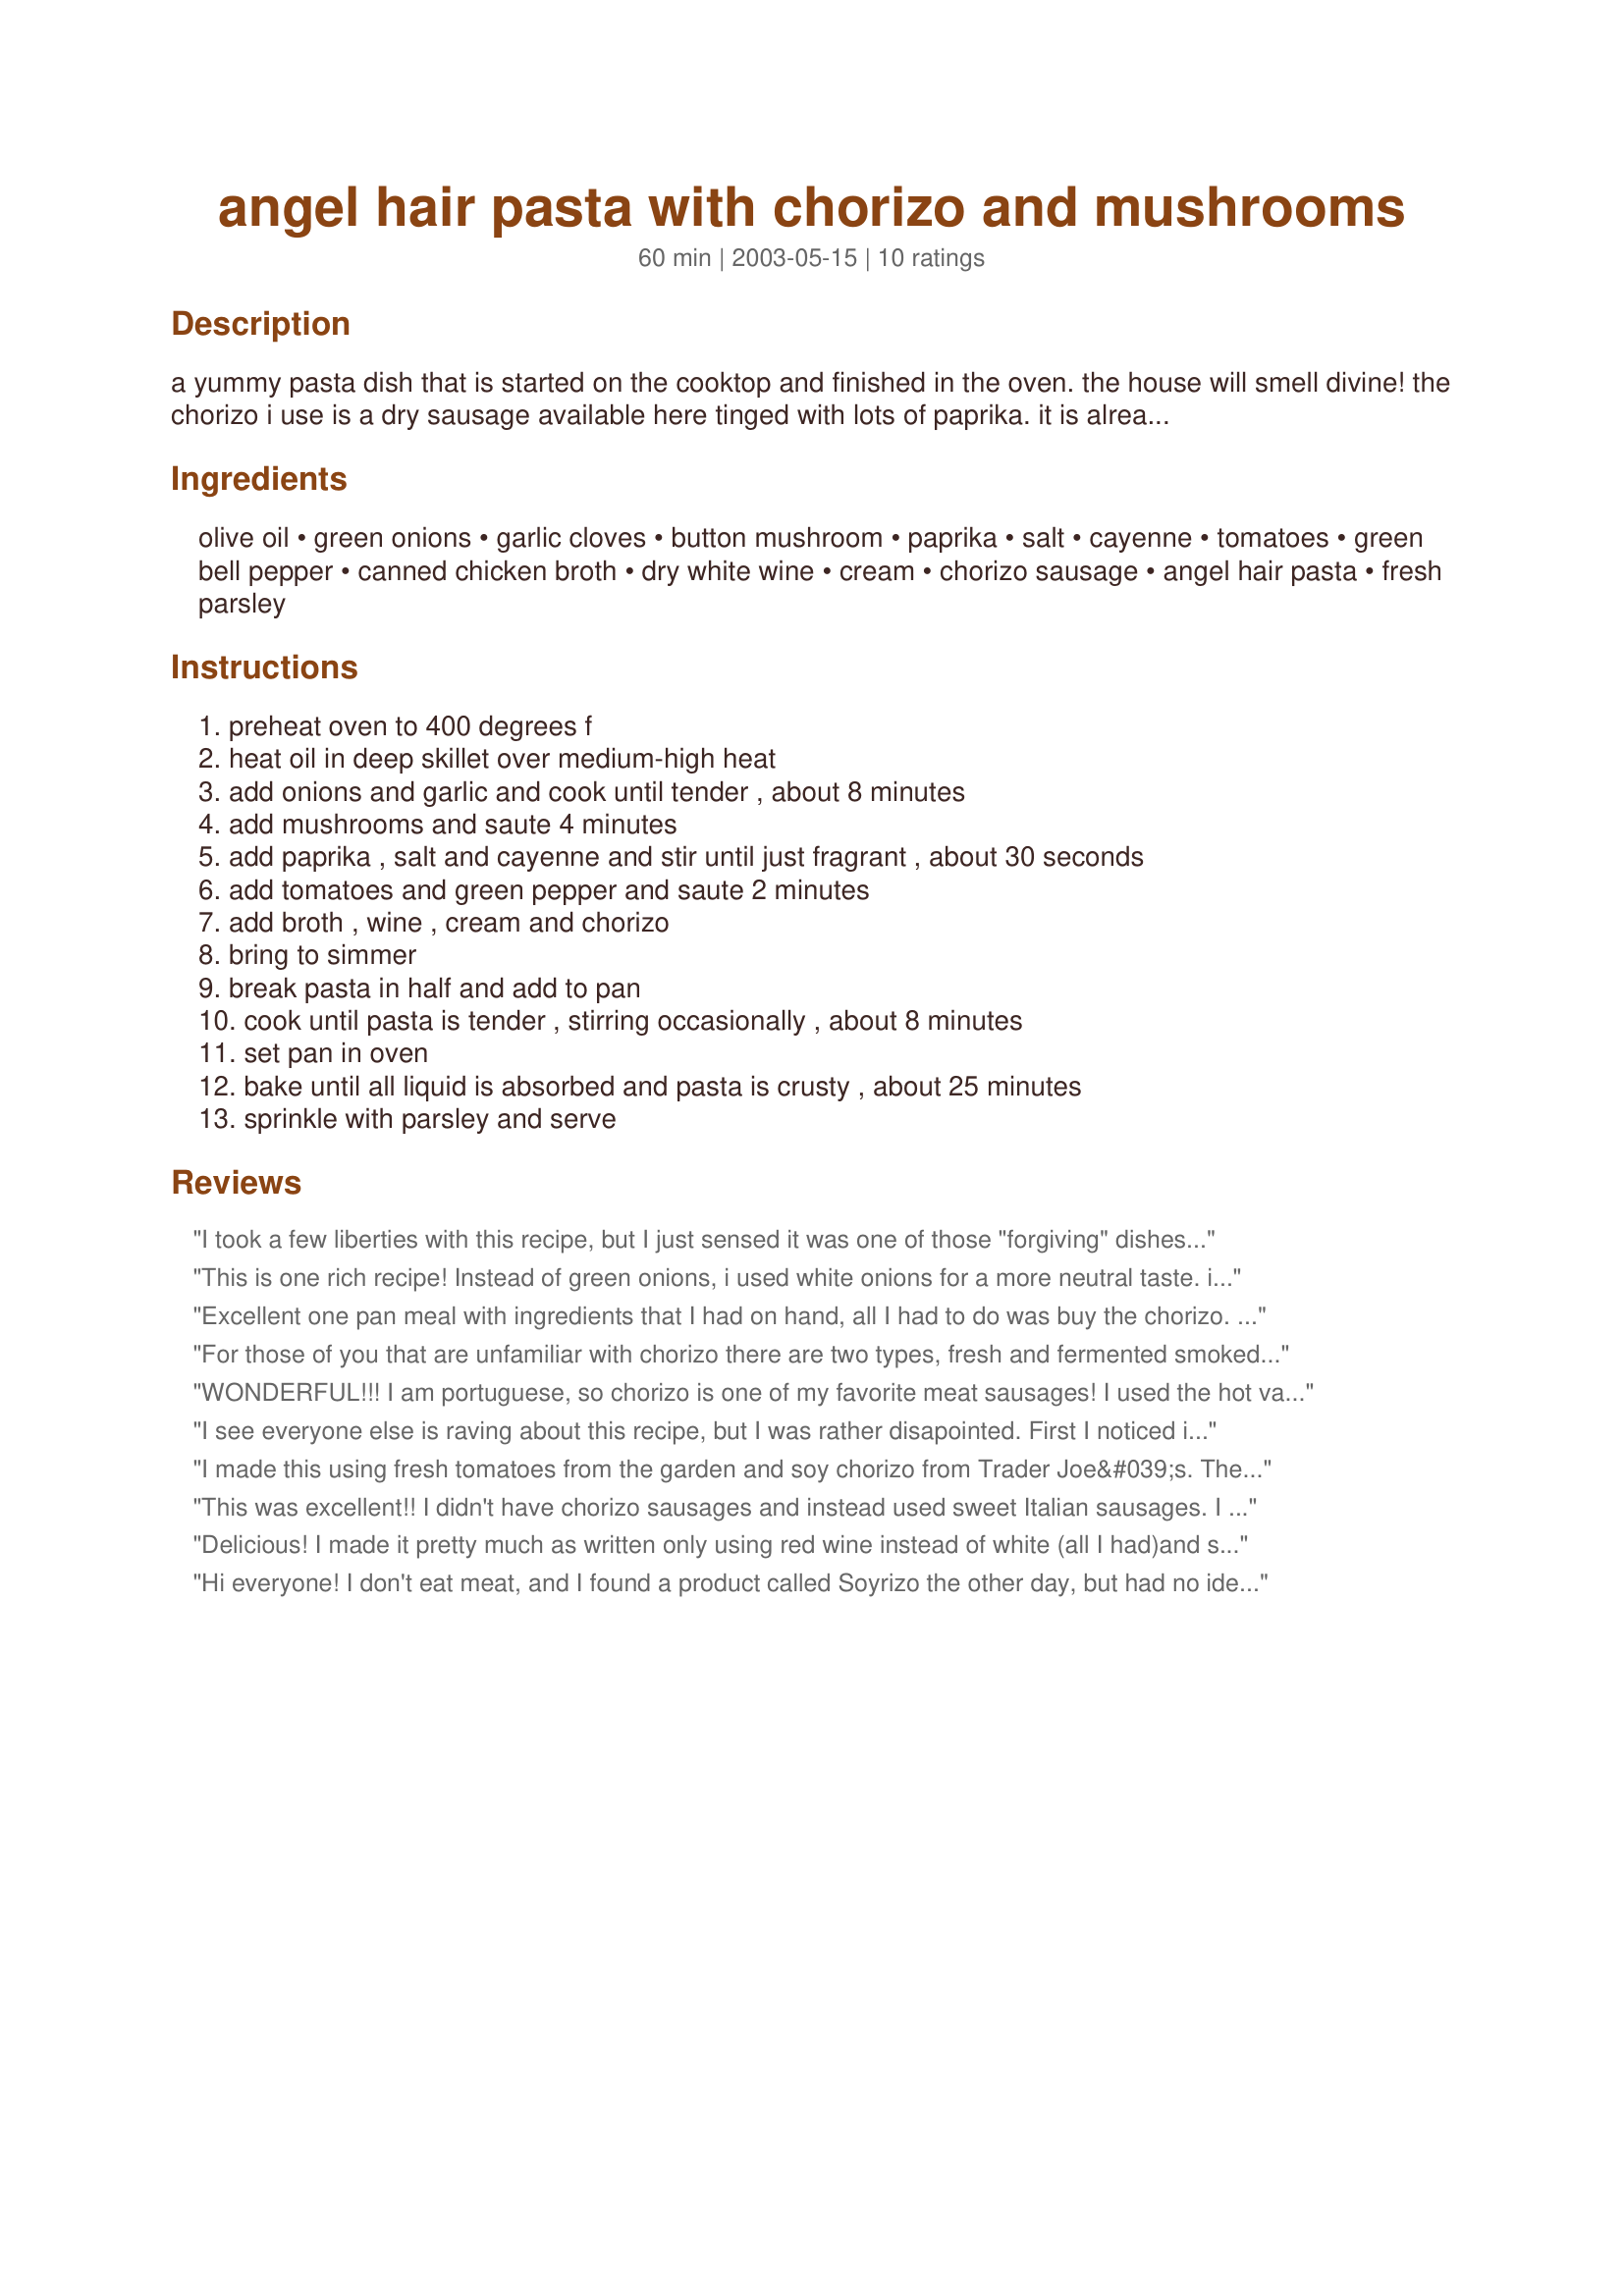
angel hair pasta with chorizo and mushrooms
Preparation time: 60 minutes

a yummy pasta dish that is started on the cooktop and finished in the oven. the house will smell divine! the chorizo i use is a dry sausage available here tinged with lots of paprika. it is already cured and can, in fact, be eaten out of hand, much like salami.

Ingredients:
olive oil, green onions, garlic cloves, button mushroom, paprika, salt, cayenne, tomatoes, green bell pepper, canned chicken broth, dry white wine, cream, chorizo sausage, angel hair pasta, fresh parsley

Steps:
preheat oven to 400 degrees f, heat oil in deep skillet over medium-high heat, add onions and garlic and cook until tender , about 8 minutes, add mushrooms and saute 4 minutes, add paprika , salt and cayenne and stir until just fragrant , about 30 seconds, add tomatoes and green pepper and saute 2 minutes, add broth , wine , cream and chorizo, bring to simmer, break pasta in half and add to pan, cook until pasta is tender , stirring occasionally , about 8 minutes, set pan in oven, bake until all liquid is absorbed and pasta is crusty , about 25 minutes, sprinkle with parsley and serve

Reviews:
I took a few liberties with this recipe, but I just sensed it was one of those "forgiving" dishes and I was right. What a great meal. I totally agree about it being good for an informal dinner party. It gets bonus marks for being made all in one pan. I used white onions instead of green, spaghetti instead of angel hair pasta, a cup of homemade salsa instead of tomatoes and red wine instead of white. I found it came together much more quickly than the recipe indicated, in about 30-45 minutes, as my pasta was nearly cooked by the time I put it in the oven.
This is one rich recipe! Instead of green onions, i used white onions for a more neutral taste. i omitted the green peppers and added chopped black olives. i sauteed the mushrooms with the onions first before adding the chorizo and cream. Adding about 100 grams of butter to the sauteed mushroom was wonderful. The final product tasted more spanish, especially because i used spanish chorizos, with the black olive, chorizo and creamy tomato base... excellent recipe!
Excellent one pan meal with ingredients that I had on hand, all I had to do was buy the chorizo. I used a tin of tomatoes and spaghetti like Sackville Girl suggested. Very easy to prepare and a really tasty, quick meal. Thanks Ev, I've got hardly any dishes to wash up tonight!!
For those of you that are unfamiliar with chorizo there are two types, fresh and fermented smoked sausage. Based on Evelyn's directions it appears that she is using the European smoked sausage, which does not require cooking. Here in Mexico it's referred to as chorizo seca (dry).
WONDERFUL!!! I am portuguese, so chorizo is one of my favorite meat sausages! I used the hot variation (available in sweet as well) - The only changes I made were to use fresh mushrooms and roma tomatoes. I will make this again!!
I see everyone else is raving about this recipe, but I was rather disapointed. First I noticed it said to cook the garlic & onions on med-hi. This temp is way to high - it would burn the garlic in the 8 minutes it said to cook. So adjusted temp - fine. Then it said to just add chorizo with liquids - what about browning the chorizo? I ditched that part and browned the chorizo - great. I then added all liquids/spices then angel hair - looked pretty good until it took it out of the oven after 15 minutes or so of cooking time (as recipe indicated). The "casserole" was not bubbly at all, it was dry and crackly - the pasta was sticking together in clumps and there was no sauce - arggg! I suppose I might try it again or use another recipe. I don't think baking it is necessary and seems to eliminate the sauce - which I love!
I made this using fresh tomatoes from the garden and soy chorizo from Trader Joe&#039;s. The whole family enjoyed it. We really liked the flavor. However, no one really cared for the crunchy pasta noodles on the top.
This was excellent!! I didn't have chorizo sausages and instead used sweet Italian sausages. I also subbed diced yellow onion for the green onions. The pasta had just the right amount of spicy flavor, and still had a creamy texture (under the crispy "crust"). This was easy and prepared with items I usually have in my pantry and fridge. I think it would be great at a casual dinner party or even just a weeknight dinner. Hubby told me not to loose track of this recipe.
Delicious! I made it pretty much as written only using red wine instead of white (all I had)and sauteing the fresh mushrooms with the onions and garlic as someone else suggested. Easy and fairly quick. Great recipe Evelyn!
Hi everyone! I don't eat meat, and I found a product called Soyrizo the other day, but had no idea what to do with it. I tried it in this recipe last night, and my husband and I both say it's a keeper! I cut the recipe in half, and just be warned-it makes a lot! But we now have some delectable leftovers!<br/>If you use the Soyrizo, it has to be cooked first. I also sprinkled a little parmesan cheese on top. It just seemed like the thing to do.<br/>We had a salad, and a loaf of homemade crust Cuban bread; need I say more! And yes-the house did smell wonderful!<br/>Thank you for sharing this recipe!
